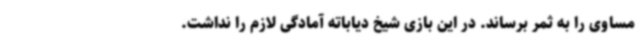
مساوی را به ثمر برساند. در این بازی شیخ دیاباته آمادگی لازم را نداشت.